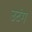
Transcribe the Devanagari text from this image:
उटंग